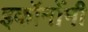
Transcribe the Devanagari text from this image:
इकॉनोंमी